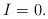
LaTeX: \begin{align*}I=0.\end{align*}